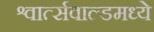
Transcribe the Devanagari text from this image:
श्वार्त्सवाल्डमध्ये